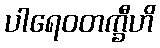
ပါရေဝတက္ခီဟိ